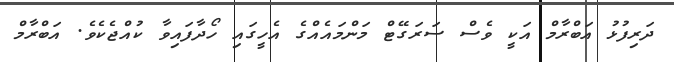
ދަރިފުޅު އަބްރާމް އަކީ ވެސް ސަރަގޭޓް މަންމައެއްގެ އެހީގައި ހޯދާފައިވާ ކުއްޖެކެވެ. އަބްރާމް